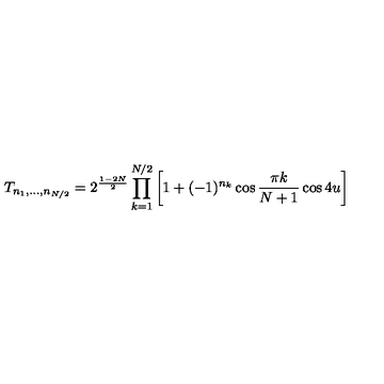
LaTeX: T _ { n _ { 1 } , \ldots , n _ { N / 2 } } = 2 ^ { \frac { 1 - 2 N } { 2 } } \prod _ { k = 1 } ^ { N / 2 } \left[ 1 + ( - 1 ) ^ { n _ { k } } \cos \frac { \pi k } { N + 1 } \cos 4 u \right]